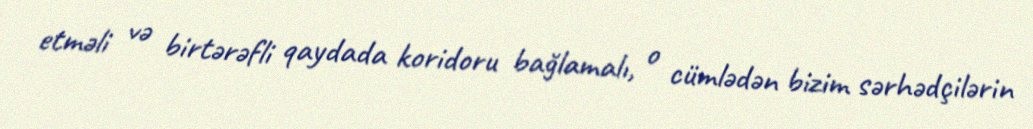
etməli və birtərəfli qaydada koridoru bağlamalı, o cümlədən bizim sərhədçilərin